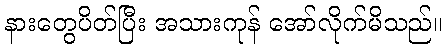
နားတွေပိတ်ပြီး အသားကုန် အော်လိုက်မိသည်။